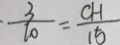
\frac { 3 } { 1 0 } = \frac { C H } { 1 5 }